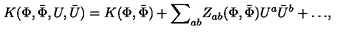
K ( \Phi , { \bar { \Phi } } , U , { \bar { U } } ) = K ( { \Phi } , { \bar { \Phi } } ) + { \sum } _ { a b } Z _ { a b } ( { \Phi } , { \bar { \Phi } } ) U ^ { a } { \bar { U } } ^ { b } + { \dots } ,